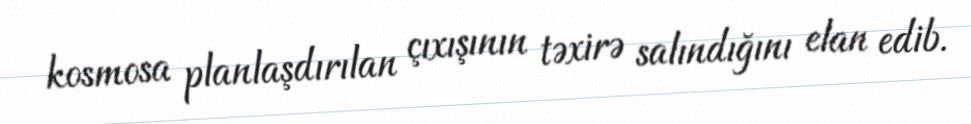
kosmosa planlaşdırılan çıxışının təxirə salındığını elan edib.